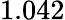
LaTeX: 1.042